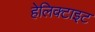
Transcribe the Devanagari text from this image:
हेलिक्टाइट